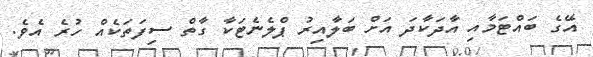
އޭގެ ބައްޓަމާއި އާދަކާދަ އަށް ބަލާއިރު ޕްލެނެޓަކާ ގާތް ސިފަތަކެއް ހުރެ އެވެ.